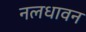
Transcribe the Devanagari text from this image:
नलधावन